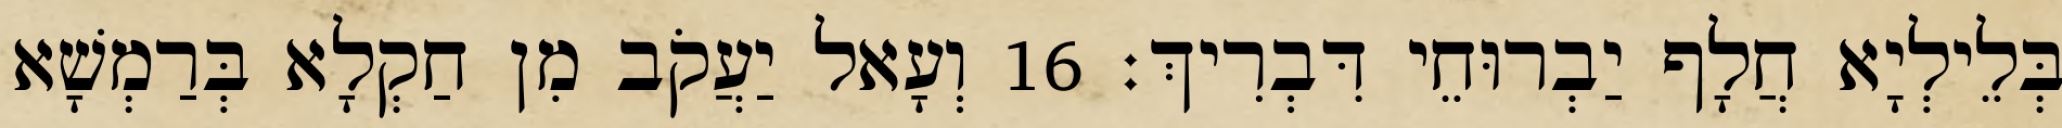
בְּלֵילְיָא חֲלָף יַבְרוּחֵי דִּבְרִיךְ׃ 16 וְעָאל יַעֲקֹב מִן חַקְלָא בְּרַמְשָׁא